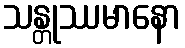
သန္တုဿမာနော